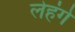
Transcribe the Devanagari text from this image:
लेहंगे